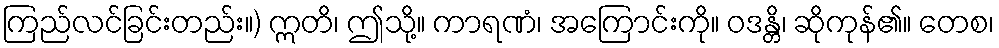
ကြည်လင်ခြင်းတည်း။) ဣတိ၊ ဤသို့။ ကာရဏံ၊ အကြောင်းကို။ ဝဒန္တိ၊ ဆိုကုန်၏။ တေစ၊